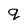
Character: g